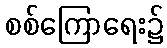
စစ်ကြောရေး၌